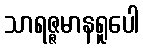
သာရဇ္ဇမာနရူပေါ